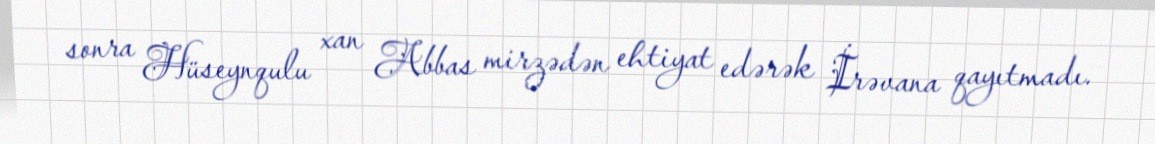
sonra Hüseynqulu xan Abbas mirzədən ehtiyat edərək İrəvana qayıtmadı.